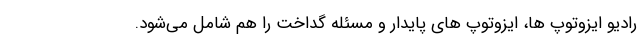
رادیو ایزوتوپ ها، ایزوتوپ های پایدار و مسئله گداخت را هم شامل می‌شود.